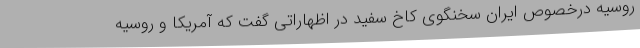
روسیه درخصوص ایران سخنگوی کاخ سفید در اظهاراتی گفت که آمریکا و روسیه